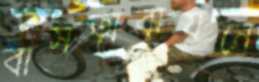
বাসত্মবায়নে